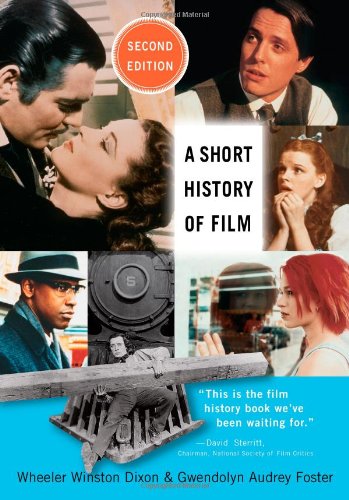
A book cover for A Short History of Film; Wheeler Winston Dixon; Humor & Entertainment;